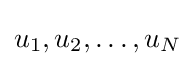
u_{1},u_{2},\dots ,u_{N}